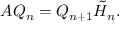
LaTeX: A Q _ { n } = Q _ { n + 1 } { \tilde { H } } _ { n } .